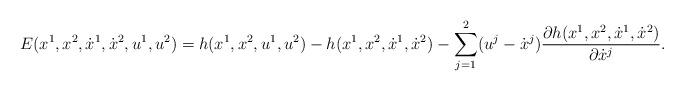
LaTeX: \begin{align*}E(x^{1},x^{2},\dot{x}^1,\dot{x}^{2},u^{1},u^{2})=h(x^{1},x^{2},u^{1},u^{2})-h(x^{1},x^{2},\dot{x}^1,\dot{x}^{2})-\sum\limits_{j=1}^{2}(u^{j}-\dot{x}^{j})\frac{\partial h(x^{1},x^{2},\dot{x}^1,\dot{x}^{2})}{\partial \dot{x}^j}.\end{align*}